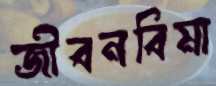
জীবনবিমা